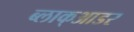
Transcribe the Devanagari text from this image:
ब्लाक्आडर